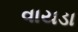
વાયડા